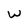
Character: w